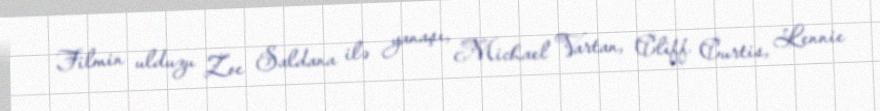
Filmin ulduzu Zoe Saldana ilə yanaşı, Michael Vartan, Cliff Curtis, Lennie